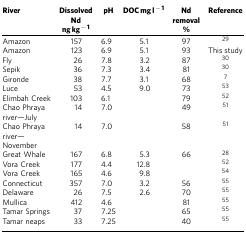
<table><thead><tr><td><b>River</b></td><td><b>Dissolved Nd ng kg<sup>−1</sup></b></td><td><b>pH</b></td><td><b>DOC mg l<sup>−1</sup></b></td><td><b>Nd removal %</b></td><td><b>Reference</b></td></tr></thead><tbody><tr><td>Amazon</td><td>157</td><td>6.9</td><td>5.1</td><td>97</td><td>29</td></tr><tr><td>Amazon</td><td>123</td><td>6.9</td><td>5.1</td><td>93</td><td>This study</td></tr><tr><td>Fly</td><td>26</td><td>7.8</td><td>3.2</td><td>87</td><td>30</td></tr><tr><td>Sepik</td><td>36</td><td>7.3</td><td>3.4</td><td>81</td><td>30</td></tr><tr><td>Gironde</td><td>38</td><td>7.7</td><td>3.1</td><td>68</td><td>7</td></tr><tr><td>Luce</td><td>53</td><td>4.5</td><td>9.0</td><td>73</td><td>53</td></tr><tr><td>Elimbah Creek</td><td>103</td><td>6.1</td><td> </td><td>79</td><td>52</td></tr><tr><td>Chao Phraya river—July</td><td>14</td><td>7.0</td><td> </td><td>49</td><td>51</td></tr><tr><td>Chao Phraya river—November</td><td>14</td><td>7.0</td><td> </td><td>58</td><td>51</td></tr><tr><td>Great Whale</td><td>167</td><td>6.8</td><td>5.3</td><td>66</td><td>28</td></tr><tr><td>Vora Creek</td><td>177</td><td>4.4</td><td>12.8</td><td> </td><td>52</td></tr><tr><td>Vora Creek</td><td>165</td><td>4.6</td><td>9.8</td><td> </td><td>54</td></tr><tr><td>Connecticut</td><td>357</td><td>7.0</td><td>3.2</td><td>56</td><td>55</td></tr><tr><td>Delaware</td><td>26</td><td>7.5</td><td>2.6</td><td>70</td><td>55</td></tr><tr><td>Mullica</td><td>412</td><td>4.6</td><td> </td><td>81</td><td>55</td></tr><tr><td>Tamar Springs</td><td>37</td><td>7.25</td><td> </td><td>65</td><td>55</td></tr><tr><td>Tamar neaps</td><td>33</td><td>7.25</td><td> </td><td>40</td><td>55</td></tr></tbody></table>